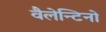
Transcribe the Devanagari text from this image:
वैलेन्टिनो